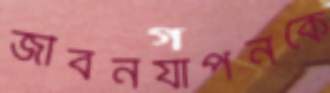
জীবনযাপনকে